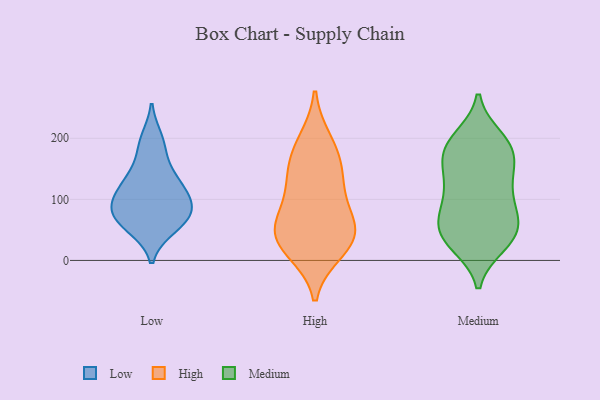
{"axis": {"x": "Waste Production (Tons)", "y": "Value"}, "legend": ["High", "Low", "Medium"], "data": [{"x": "", "y": 101, "type": "Low"}, {"x": "", "y": 198, "type": "Low"}, {"x": "", "y": 138, "type": "Low"}, {"x": "", "y": 137, "type": "Low"}, {"x": "", "y": 120, "type": "Low"}, {"x": "", "y": 75, "type": "Low"}, {"x": "", "y": 68, "type": "Low"}, {"x": "", "y": 81, "type": "Low"}, {"x": "", "y": 105, "type": "Low"}, {"x": "", "y": 88, "type": "Low"}, {"x": "", "y": 185, "type": "Low"}, {"x": "", "y": 58, "type": "Low"}, {"x": "", "y": 54, "type": "Low"}, {"x": "", "y": 48, "type": "High"}, {"x": "", "y": 193, "type": "High"}, {"x": "", "y": 42, "type": "High"}, {"x": "", "y": 90, "type": "High"}, {"x": "", "y": 170, "type": "High"}, {"x": "", "y": 36, "type": "High"}, {"x": "", "y": 18, "type": "High"}, {"x": "", "y": 46, "type": "High"}, {"x": "", "y": 121, "type": "High"}, {"x": "", "y": 145, "type": "High"}, {"x": "", "y": 137, "type": "Medium"}, {"x": "", "y": 54, "type": "Medium"}, {"x": "", "y": 34, "type": "Medium"}, {"x": "", "y": 123, "type": "Medium"}, {"x": "", "y": 26, "type": "Medium"}, {"x": "", "y": 43, "type": "Medium"}, {"x": "", "y": 64, "type": "Medium"}, {"x": "", "y": 179, "type": "Medium"}, {"x": "", "y": 169, "type": "Medium"}, {"x": "", "y": 123, "type": "Medium"}, {"x": "", "y": 29, "type": "Medium"}, {"x": "", "y": 179, "type": "Medium"}, {"x": "", "y": 200, "type": "Medium"}, {"x": "", "y": 149, "type": "Medium"}, {"x": "", "y": 90, "type": "Medium"}, {"x": "", "y": 84, "type": "Medium"}, {"x": "", "y": 46, "type": "Medium"}, {"x": "", "y": 191, "type": "Medium"}, {"x": "", "y": 193, "type": "Medium"}, {"x": "", "y": 82, "type": "Medium"}]}